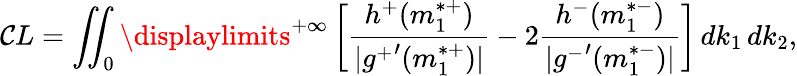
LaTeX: \mathcal{C}L=\iint_{0}\displaylimits^{+\infty}\left[\frac{{h^{+}(m_{1}^{*+})}}{{|{g^{+}}^{\prime}(m_{1}^{*+})|}}-2\frac{{h^{-}(m_{1}^{*-})}}{{|{g^{-}}^{\prime}(m_{1}^{*-})|}}\right]\, dk_{1}\, dk_{2},